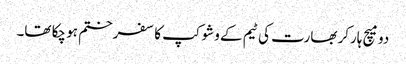
دو میچ ہارکر بھارت کی ٹیم کے وشوکپ کا سفر ختم ہو چکا تھا۔